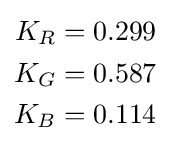
{\begin{aligned}K_{R}&=0.299\\K_{G}&=0.587\\K_{B}&=0.114\end{aligned}}